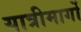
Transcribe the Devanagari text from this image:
यात्रीमार्गो